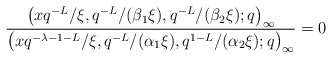
\begin{align*}& \frac{\big(x q^{-L}/\xi, q^{-L}/(\beta_1 \xi ), q^{-L}/(\beta_2 \xi ) ;q\big)_{\infty}}{\big(x q^{-\lambda -1-L} / \xi, q^{-L}/(\alpha_1 \xi ), q^{1-L}/(\alpha_2 \xi ) ;q\big)_{\infty}} =0\end{align*}